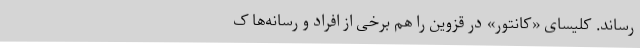
‌رساند. کلیسای «کانتور» در قزوین را هم برخی از افراد و رسانه‌ها ک